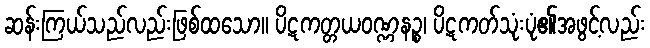
ဆန်းကြယ်သည်လည်းဖြစ်ထသော။ ပိဋကတ္တယဝဏ္ဏနဉ္စ၊ ပိဋကတ်သုံးပုံ၏အဖွင့်လည်း